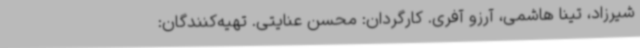
شیرزاد، تینا هاشمی، آرزو آفری. کارگردان: محسن عنایتی. تهیه‌کنندگان: